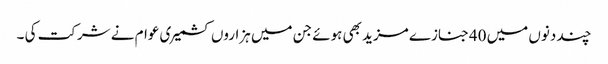
چند دنوں میں 40جنازے مزید بھی ہوئے جن میں ہزاروں کشمیری عوام نے شرکت کی ۔